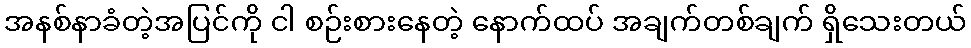
အနစ်နာခံတဲ့အပြင်ကို ငါ စဉ်းစားနေတဲ့ နောက်ထပ် အချက်တစ်ချက် ရှိသေးတယ်